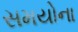
સમયોના